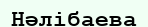
Нәлібаева